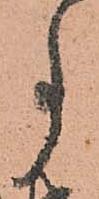
事